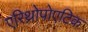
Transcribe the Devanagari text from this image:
एरिथ्रोपोएटिक